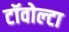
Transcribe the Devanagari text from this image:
टॉवोल्‍टा